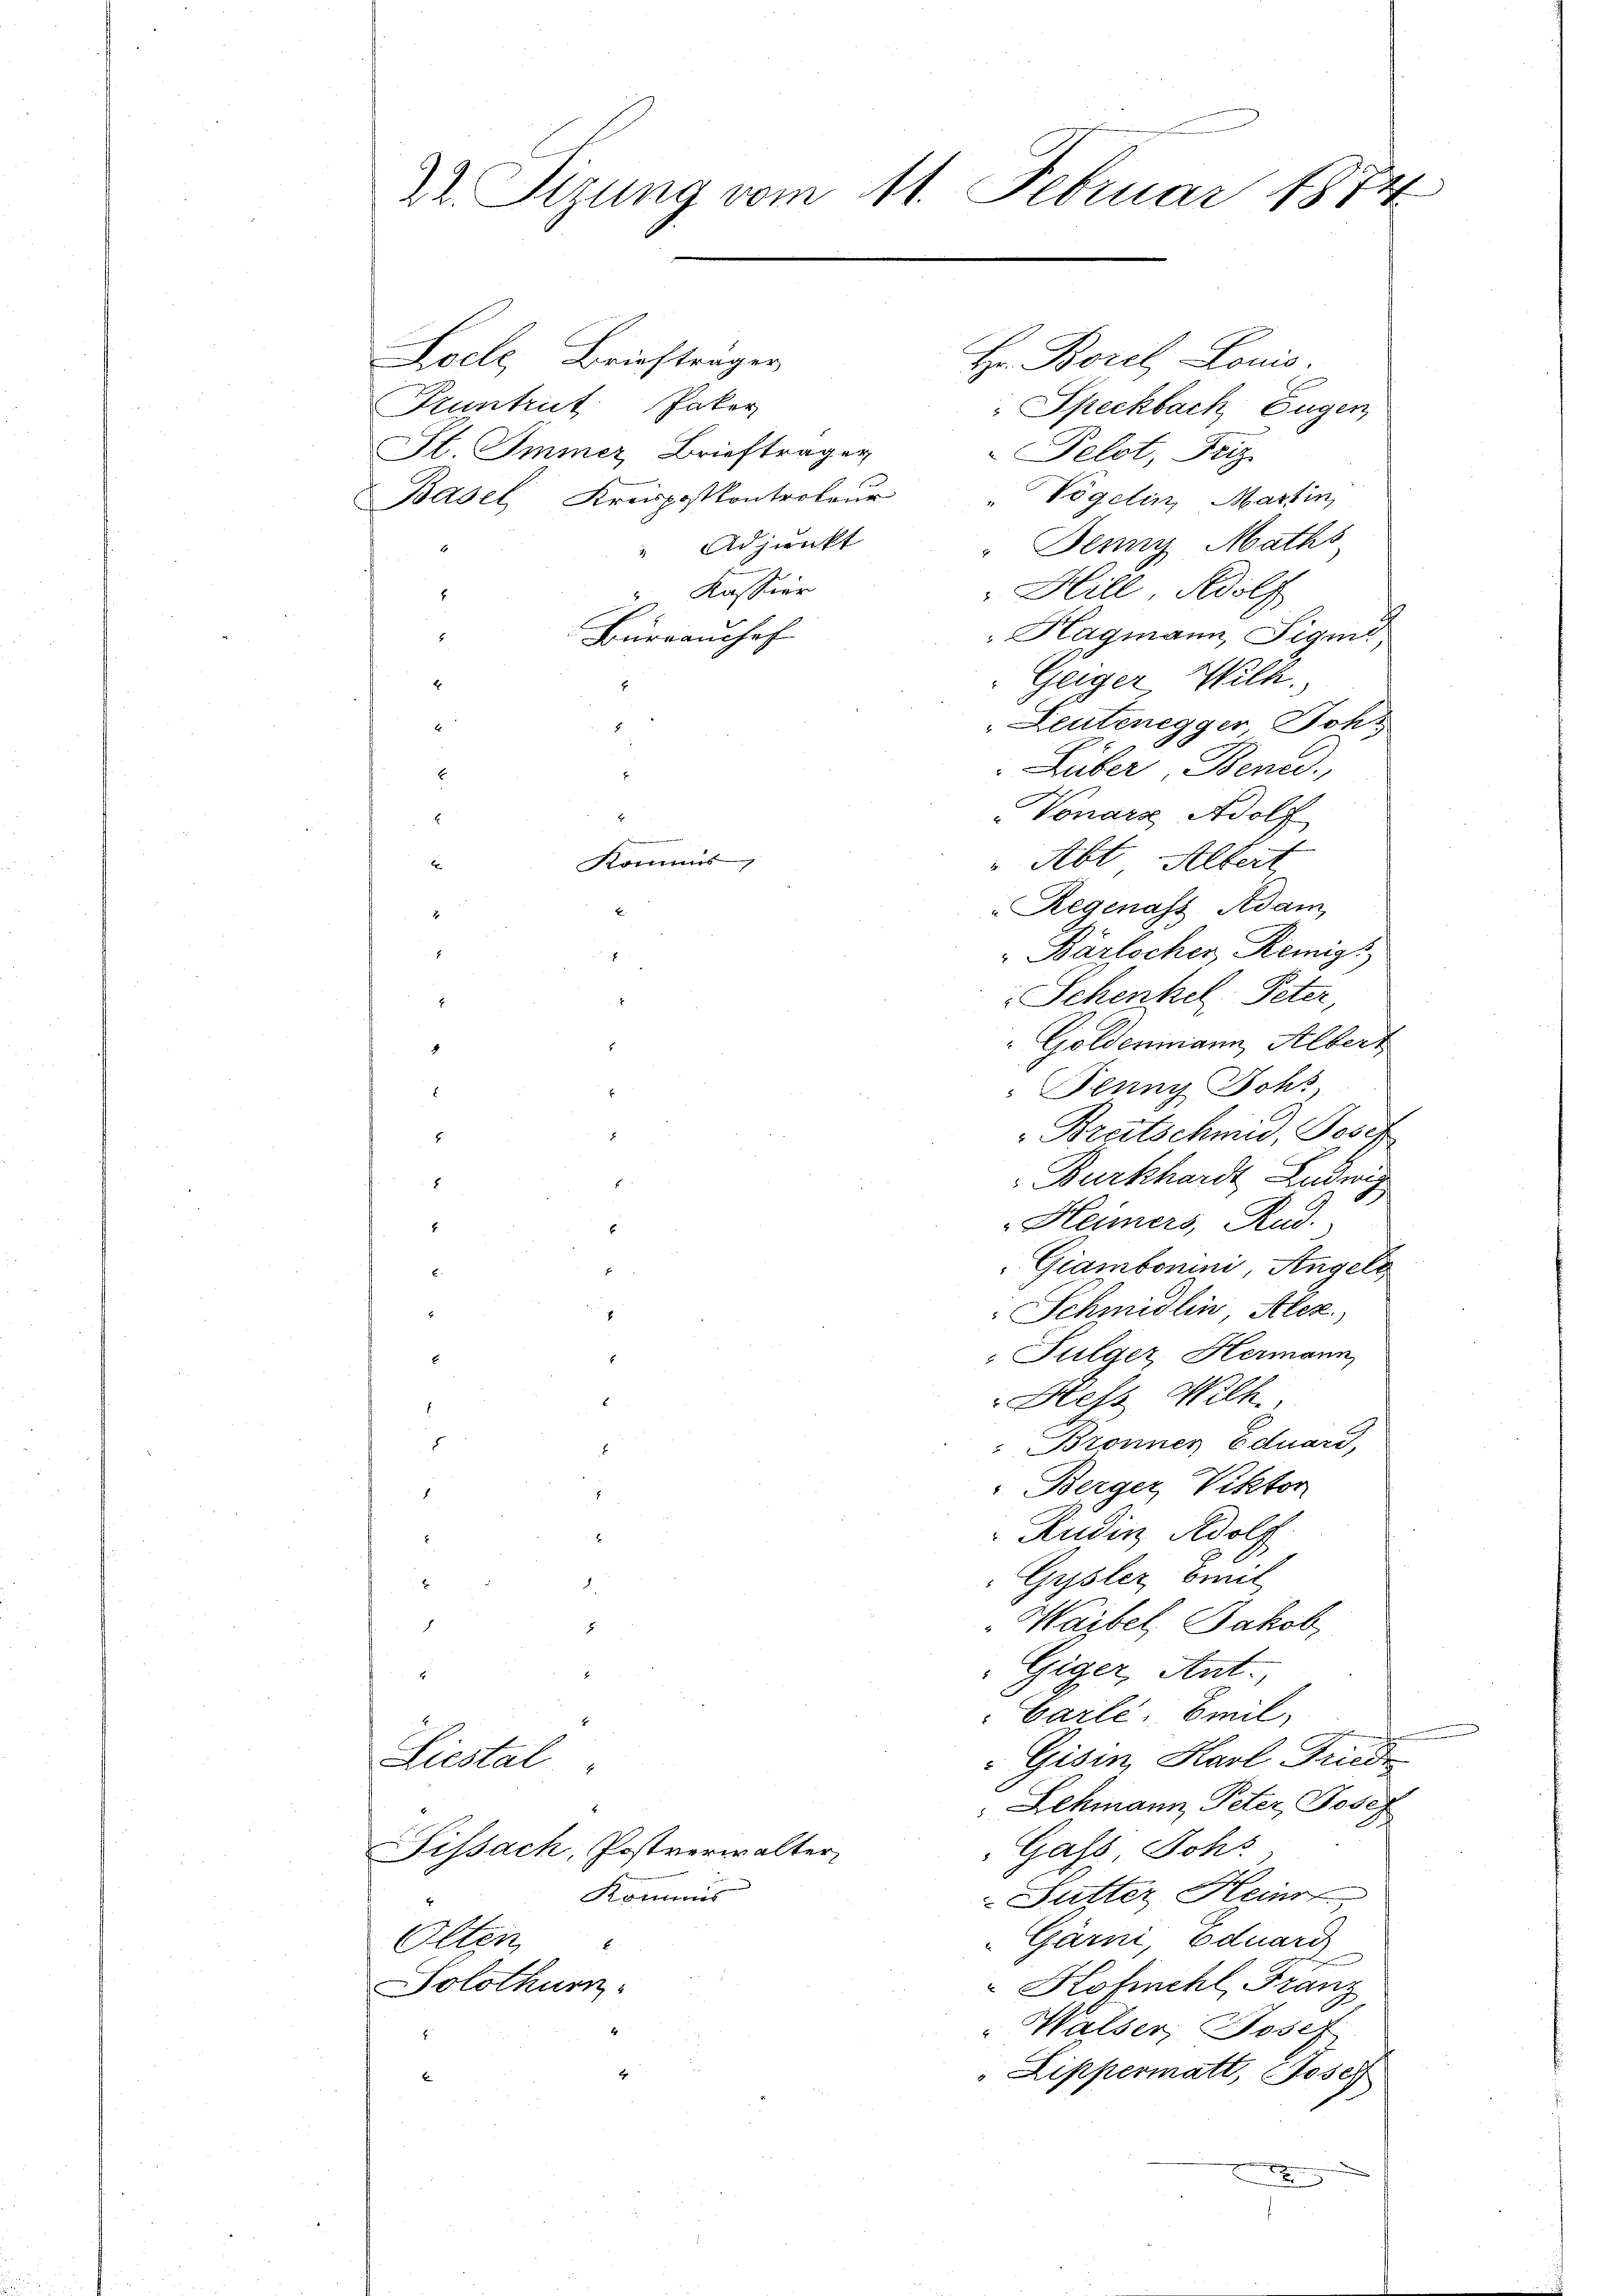
2. Sirung vom 11. Februar 1874

Loele Briefträger
Hr. Borel, Louis.
Pruntrut Pater
" Speckbach Eugen
St Immer, Briefträger
Pelot, Friz
Basel, Kreispostkontroler Vögelin, Martin,
" Denn Maths
 Adjunkt
u. Kassier
"Hill, Adolf
.
Hagmann, Sigme
Bürraushof
Geiger Wilk.
4
8
Leutenegger, Joh.
7
Lüber Bened
E
Vonars Adolf
E
Kommis
Abt, Altert
E
"Regenass Adam
.
.
Bärlocher, Remigs
.
Schenkel, Peter,
.
" Goldenmann Albert
4
Flung Johs
.
8
Breitschmid, Josef
.
x
Burkhardt Ludwig
E
8
Heimers, Rud.
8
Giambonini Angels
F

Schmidlin, Alex
Fulger Hermann
E
Hess Wilh.
E
x
Bronner Eduard,
7
Berger, Viktor
r
Rudin Adolf
x
Grsler beit

s
Waibel Jakob,
x
Giger, Ant.
x
Carli, Emil
Gisin, Karl Friede
Liestal
Lehmann Peter Josef
Gass Johs
issach, Postverwalter
Sutter Heinr
Kommis
Gärni, Eduard
Olten
Hohnehl, Franz
Solothurn
Walser, Josef
E
" Lippermatt, 2 Josef
u

6